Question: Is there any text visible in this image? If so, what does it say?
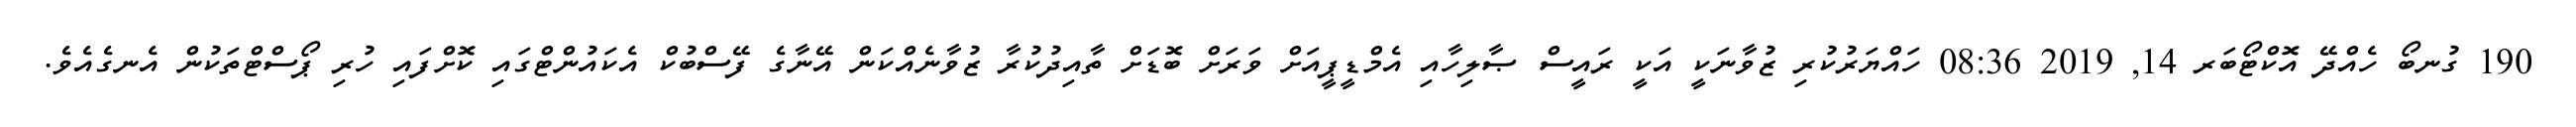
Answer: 190 ގުނބޯ ހެއްދޭ އޮކްޓޯބަރ 14, 2019 08:36 ހައްޔަރުކުރި ޒުވާނަކީ އަކީ ރައީސް ޞާލިހާއި އެމްޑީޕީއަށް ވަރަށް ބޮޑަށް ތާއިދުކުރާ ޒުވާނެއްކަން އޭނާގެ ފޭސްބުކް އެކައުންޓްގައި ކޮށްފައި ހުރި ޕޯސްޓްތަކުން އެނގެއެވެ.